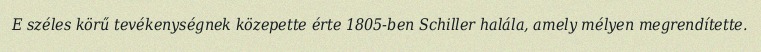
E széles körű tevékenységnek közepette érte 1805-ben Schiller halála, amely mélyen megrendítette.